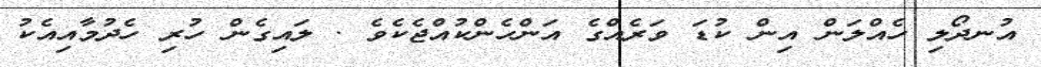
އުނދޯލި ހެއްލަން އިން ކުޑަ ވަރެއްގެ އަންހެންކުއްޖެކެވެ . ލައިގެން ހުރި ހެދުމާއިއެކު